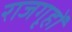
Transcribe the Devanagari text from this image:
राजगृहों